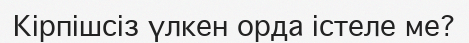
Кірпішсіз үлкен орда істеле ме?